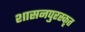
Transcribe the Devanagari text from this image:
शासनपुरस्कृत